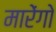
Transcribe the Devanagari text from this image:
मारेंगो